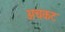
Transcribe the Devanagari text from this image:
अचकट